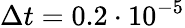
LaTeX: \Delta t=0.2\cdot 10^{-5}